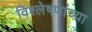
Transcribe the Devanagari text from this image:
विश्लेषणांच्या